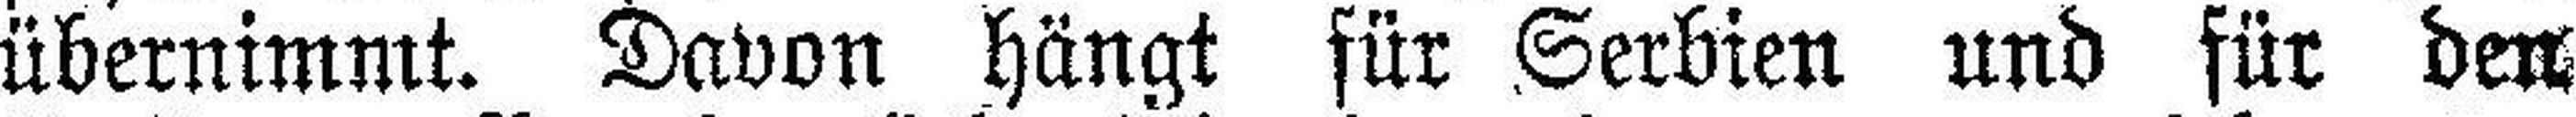
übernimmt. Davon hängt für Serbien und für den